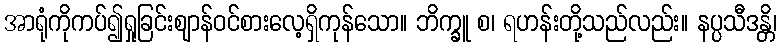
အာရုံကိုကပ်၍ရှုခြင်းဈာန်ဝင်စားလေ့ရှိကုန်သော။ ဘိက္ခူ စ၊ ရဟန်းတို့သည်လည်း။ နပ္ပသီဒန္တိ၊